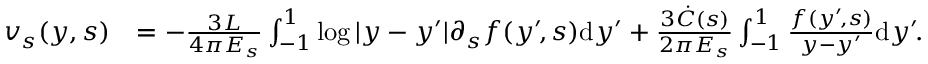
\begin{array} { r l } { v _ { s } ( y , s ) } & { = - \frac { 3 L } { 4 \pi E _ { s } } \int _ { - 1 } ^ { 1 } \log | y - y ^ { \prime } | \partial _ { s } f ( y ^ { \prime } \! , s ) \mathrm { d } y ^ { \prime } + \frac { 3 \dot { C } ( s ) } { 2 \pi E _ { s } } \int _ { - 1 } ^ { 1 } \frac { f ( y ^ { \prime } \! , s ) } { y - y ^ { \prime } } \mathrm { d } y ^ { \prime } \! . } \end{array}